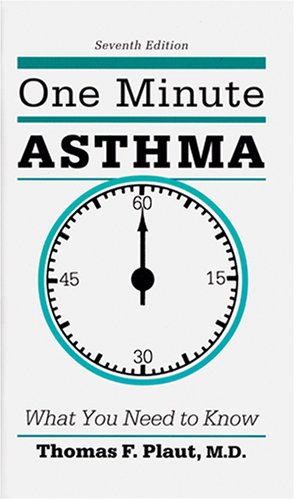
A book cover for One Minute Asthma: What You Need to Know; Thomas F. Plaut; Health, Fitness & Dieting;